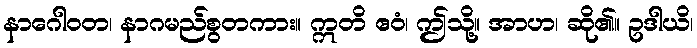
နာဂေါဝတ၊ နာဂမည်စွတကား။ ဣတိ ဧဝံ၊ ဤသို့။ အာဟ၊ ဆို၏။ ဥဒါယိ၊